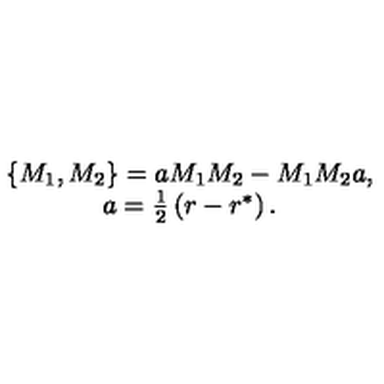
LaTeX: \begin{array} { c } { \left\{ M _ { 1 } , M _ { 2 } \right\} = a M _ { 1 } M _ { 2 } - M _ { 1 } M _ { 2 } a , } \\ { a = \frac 1 2 \left( r - r ^ { * } \right) . } \\ \end{array}